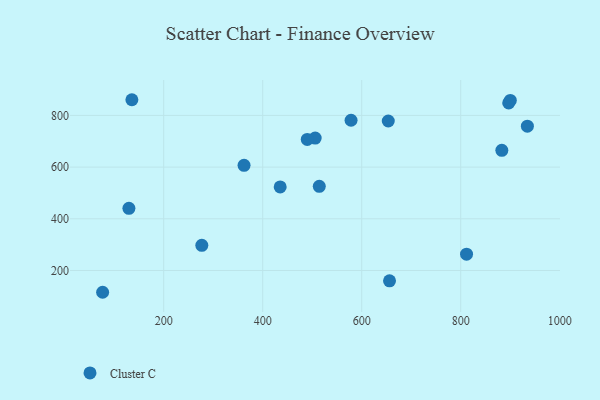
{"axis": {"x": "Price", "y": "Demand"}, "legend": ["Cluster C"], "data": [{"x": "811.8", "y": 263.2, "type": "Cluster C"}, {"x": "578.5", "y": 781.4, "type": "Cluster C"}, {"x": "277.0", "y": 297.3, "type": "Cluster C"}, {"x": "135.7", "y": 860.8, "type": "Cluster C"}, {"x": "653.7", "y": 778.4, "type": "Cluster C"}, {"x": "514.3", "y": 525.5, "type": "Cluster C"}, {"x": "883.1", "y": 664.8, "type": "Cluster C"}, {"x": "656.2", "y": 160.0, "type": "Cluster C"}, {"x": "362.3", "y": 606.9, "type": "Cluster C"}, {"x": "506.0", "y": 712.3, "type": "Cluster C"}, {"x": "897.0", "y": 848.5, "type": "Cluster C"}, {"x": "76.6", "y": 115.6, "type": "Cluster C"}, {"x": "900.2", "y": 858.1, "type": "Cluster C"}, {"x": "934.7", "y": 758.6, "type": "Cluster C"}, {"x": "129.7", "y": 440.5, "type": "Cluster C"}, {"x": "490.0", "y": 707.0, "type": "Cluster C"}, {"x": "435.3", "y": 523.3, "type": "Cluster C"}]}